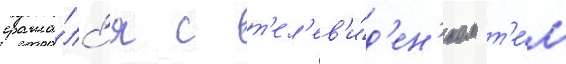
сража́лс'я с т'ел'ев'и́д'ен'ием т'е́м